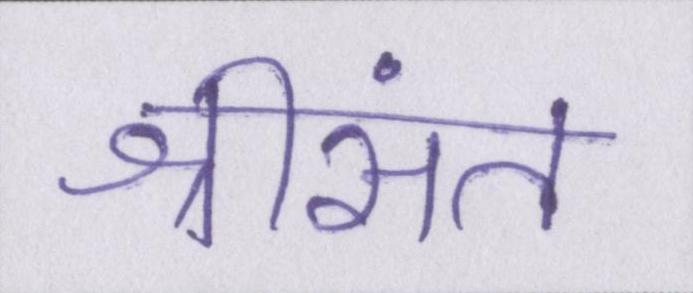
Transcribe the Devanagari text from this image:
श्रीसंत